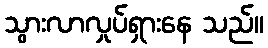
သွားလာလှုပ်ရှားနေ သည်။